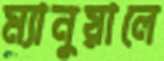
ম্যানুয়ালে